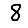
Digit: 8